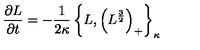
{ \frac { \partial L } { \partial t } } = - { \frac { 1 } { 2 \kappa } } \left\{ L , \left( L ^ { \frac { 3 } { 2 } } \right) _ { + } \right\} _ { \kappa }